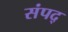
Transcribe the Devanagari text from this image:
संपद्